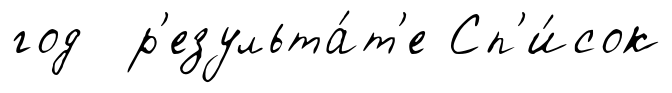
год р'езульта́т'е Сп'и́сок